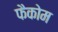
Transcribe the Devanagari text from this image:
फैकोम